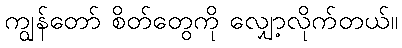
ကျွန်တော် စိတ်တွေကို လျှော့လိုက်တယ်။